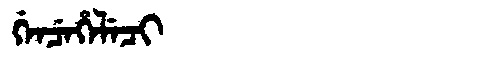
Manchu: ᡤᡝᠨᠴᡝᡥᡝᠯᡝᠴᡳ
Romanization: GENCEHELECI